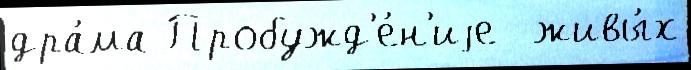
дра́ма Пробужд'е́н'иjе  живы́х